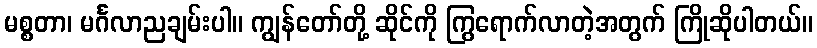
မစ္စတာ၊ မင်္ဂလာညချမ်းပါ။ ကျွန်တော်တို့ ဆိုင်ကို ကြွရောက်လာတဲ့အတွက် ကြိုဆိုပါတယ်။